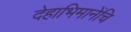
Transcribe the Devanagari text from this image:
देहाभिमानेंचि